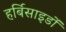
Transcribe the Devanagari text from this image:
हर्बिसाइडों